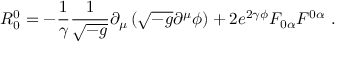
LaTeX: R _ { 0 } ^ { 0 } = - \frac { 1 } { \gamma } \frac { 1 } { \sqrt { - g } } \partial _ { \mu } \left( \sqrt { - g } \partial ^ { \mu } \phi \right) + 2 e ^ { 2 \gamma \phi } F _ { 0 \alpha } F ^ { 0 \alpha } \ .